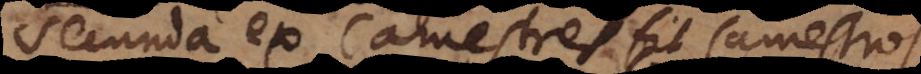
secunda ex Camestres fit Camestros,